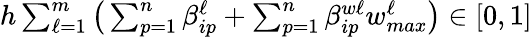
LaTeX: h\textstyle\sum_{\ell=1}^{m}\big(\textstyle\sum_{p=1}^{n}\beta_{ip}^{\ell}+\textstyle\sum_{p=1}^{n}\beta_{ip}^{w\ell}w_{max}^{\ell}\big)\in[0,1]